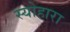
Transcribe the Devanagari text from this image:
स्योहारा